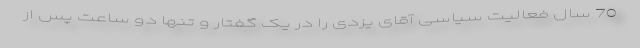
70 سال فعالیت سیاسی آقای یزدی را در یک گفتار و تنها دو ساعت پس از